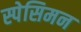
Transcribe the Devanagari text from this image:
स्पेसिमन